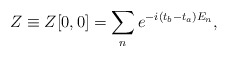
\begin{align*}Z\equiv Z[0,0]=\sum_n e^{-i(t_b-t_a) E_n},\end{align*}